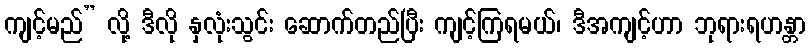
ကျင့်မည်” လို့ ဒီလို နှလုံးသွင်း ဆောက်တည်ပြီး ကျင့်ကြရမယ်၊ ဒီအကျင့်ဟာ ဘုရားရဟန္တာ